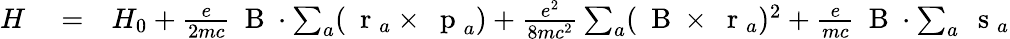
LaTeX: \begin{array}{rlr}{H}&{{}=}&{H_{0}+\frac{e}{2mc}\mathrm{~\mathbf~B~}\cdot\sum_{a}(\mathrm{~\mathbf~r~}_{a}\times\mathrm{~\mathbf~p~}_{a})+\frac{e^{2}}{8mc^{2}}\sum_{a}(\mathrm{~\mathbf~B~}\times\mathrm{~\mathbf~r~}_{a})^{2}+\frac{e}{mc}\mathrm{~\mathbf~B~}\cdot\sum_{a}\mathrm{~\mathbf~s~}_{a}}\end{array}